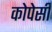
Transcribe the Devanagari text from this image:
कोपेसी